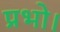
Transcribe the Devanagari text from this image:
प्रभो।